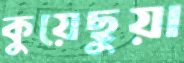
কুয়েছুয়া